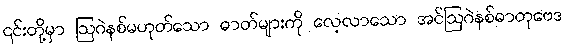
၎င်းတို့မှာ ဩဂဲနစ်မဟုတ်သော ဓာတ်များကို လေ့လာသော အင်ဩဂဲနစ်ဓာတုဗေဒ